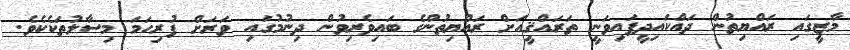
މާޒީގައި ރައްޔިތުން ދައްކައިދީފައިވަނީ ތަރައްޤީއަށް ރައްޔިތުންގެ ބައިވެރިވުން ދިނުމުގައި ވަރަށް ފުރިހަމަ މިސާލުތަކެކެވެ.